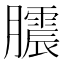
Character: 𭩒